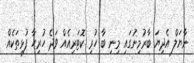
ނާޔަލް އެދިޔަ ބާރުމިނުގައި މިނި ބާ ހުރި ކޮޓަރިއެއް ވަދެ ހުރިހާ ފުޅިތަކެއް